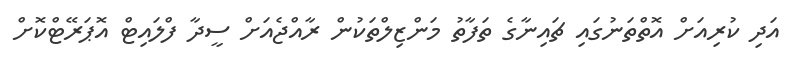
އަދި ކުރިއަށް އޮތްތަނުގައި ޗައިނާގެ ތަފާތު މަންޒިލްތަކުން ރާއްޖެއަށް ސީދާ ފްލައިޓް އޮޕަރޭޓްކޮށް